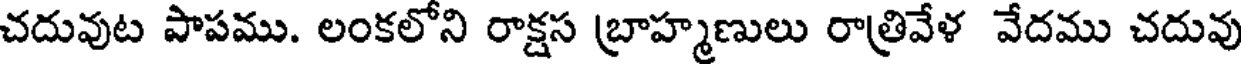
చదువుట పాపము. లంకలోని రాక్షస బ్రాహ్మణులు రాత్రివేళ వేదము చదువు